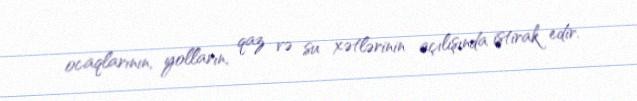
ocaqlarının, yolların, qaz və su xətlərinin açılışında iştirak edir.